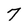
Character: 7